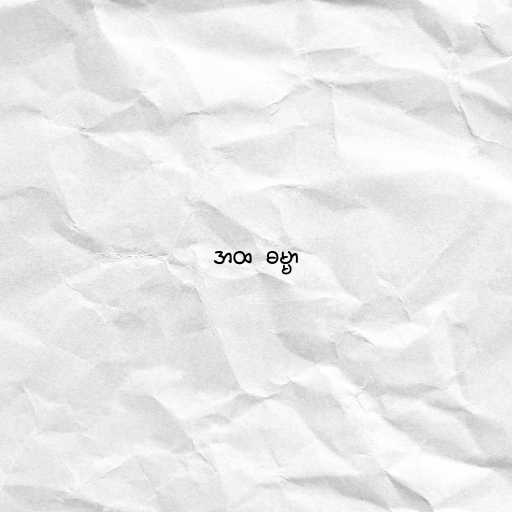
အထ  ဓမ္မာ